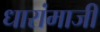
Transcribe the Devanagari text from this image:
धारांमाजी